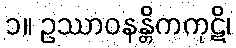
၁။ ဥဿာဝနန္တိကကုဋိ၊